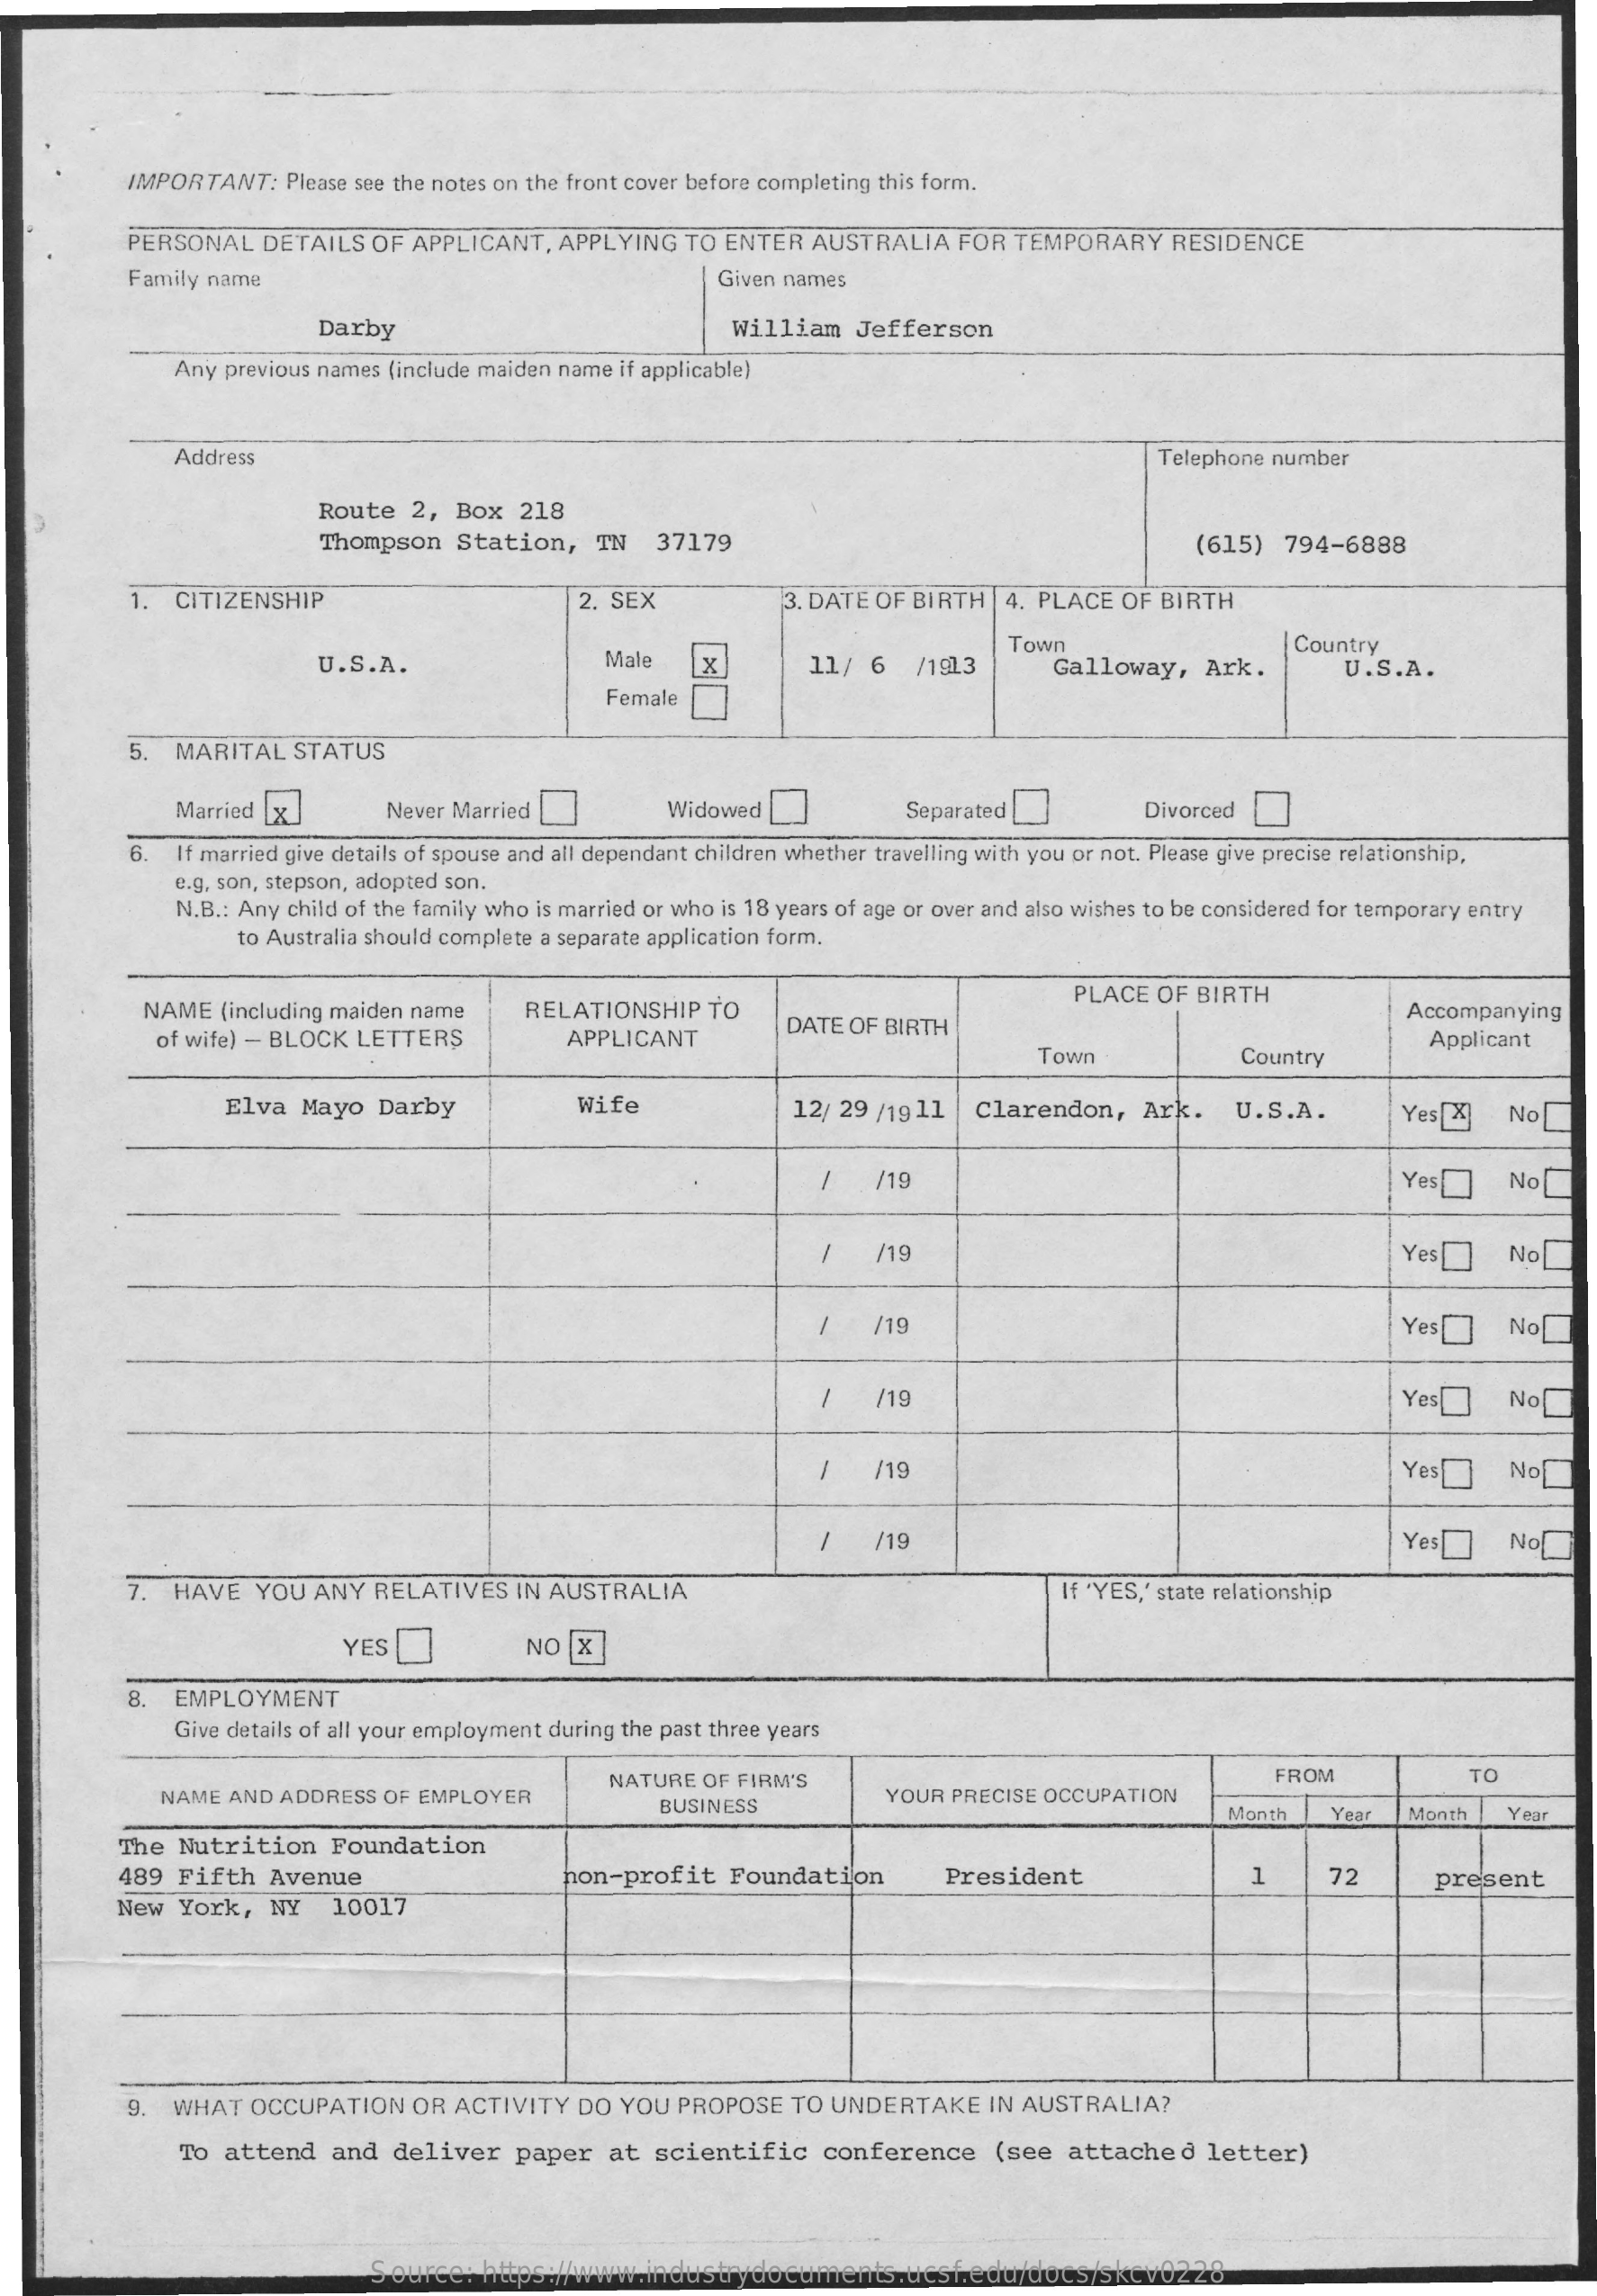
IMPORTANT:   Please see the notes on the front cover before completing this form.
     PERSONAL   DETAILS  OF  APPLICANT,  APPLYING   TO ENTER   AUSTRALIA   FOR  TEMPORARY    RESIDENCE
     Family name    Given names
     Darby    William   Jefferson
     Any previous names (include maiden name if applicable)
     Address    Telephone number
     Route   2, Box   218
     Thompson   Station,    TN   37179    (615)  794-6888
     1. CITIZENSHIP    2. SEX    3. DATE OF BIRTH  | 4. PLACE OF BIRTH
     U.S.A.    Male    x    11/   6  /1913
     Town    Country
     Galloway,    Ark.    U.S.A.
     Female
     5.  MARITAL   STATUS
     Married [x    Never Married    Widowed |    Separated    Divorced
     6.  If married give details of spouse and all dependant children whether travelling with you or not. Please give precise relationship,
     e.g. son, stepson, adopted son.
     N.B .: Any child of the family who is married or who is 18 years of age or over and also wishes to be considered for temporary entry
     to Australia should complete a separate application form.
     NAME   (including maiden name    RELATIONSHIP   TO
     PLACE  OF BIRTH
     Accompanying
     of wife) - BLOCK LETTERS    APPLICANT    DATE  OF BIRTH
     Town    Country
     Applicant
     Elva  Mayo   Darby    Wife    12/ 29 /19 11  Clarendon,    Ark.    U.S.A.    Yes [X]  No
     /19    Yes
     -
     No
     /    /19    Yes    No
     /    /19    Yes    No
     /19    Yes
     -
     No
     /19    Yes    No
     -
     -
     /19    Yes    No
     7.  HAVE   YOU ANY   RELATIVES  IN AUSTRALIA    If 'YES,' state relationship
     YES    NO  X
     8.  EMPLOYMENT
     Give details of all your employment during the past three years
     NAME AND  ADDRESS OF EMPLOYER
     NATURE OF FIRM'S    TO
     BUSINESS
     YOUR PRECISE OCCUPATION
     FROM
     Month    Year  Month    Year
     The  Nutrition    Foundation
     489  Fifth   Avenue    non-profit   Foundation    President    1    72    present
     New  York,   NY   10017
     9. WHAT   OCCUPATION    OR ACTIVITY   DO YOU  PROPOSE   TO UNDERTAKE    IN AUSTRALIA?
     To  attend   and  deliver   paper   at  scientific    conference    (see  attached    letter)
     Source:  https://www.industrydocuments.ucsf.edu/docs/skcv0228